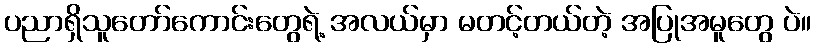
ပညာရှိသူတော်ကောင်းတွေရဲ့ အလယ်မှာ မတင့်တယ်တဲ့ အပြုအမူတွေ ပဲ။